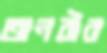
অনবীর